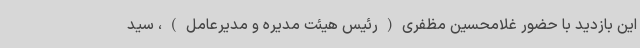
این بازدید با حضور غلامحسین مظفری(رئیس هیئت مدیره و مدیرعامل)، سید